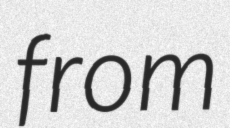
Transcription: from